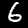
Label: 6